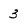
Character: 3